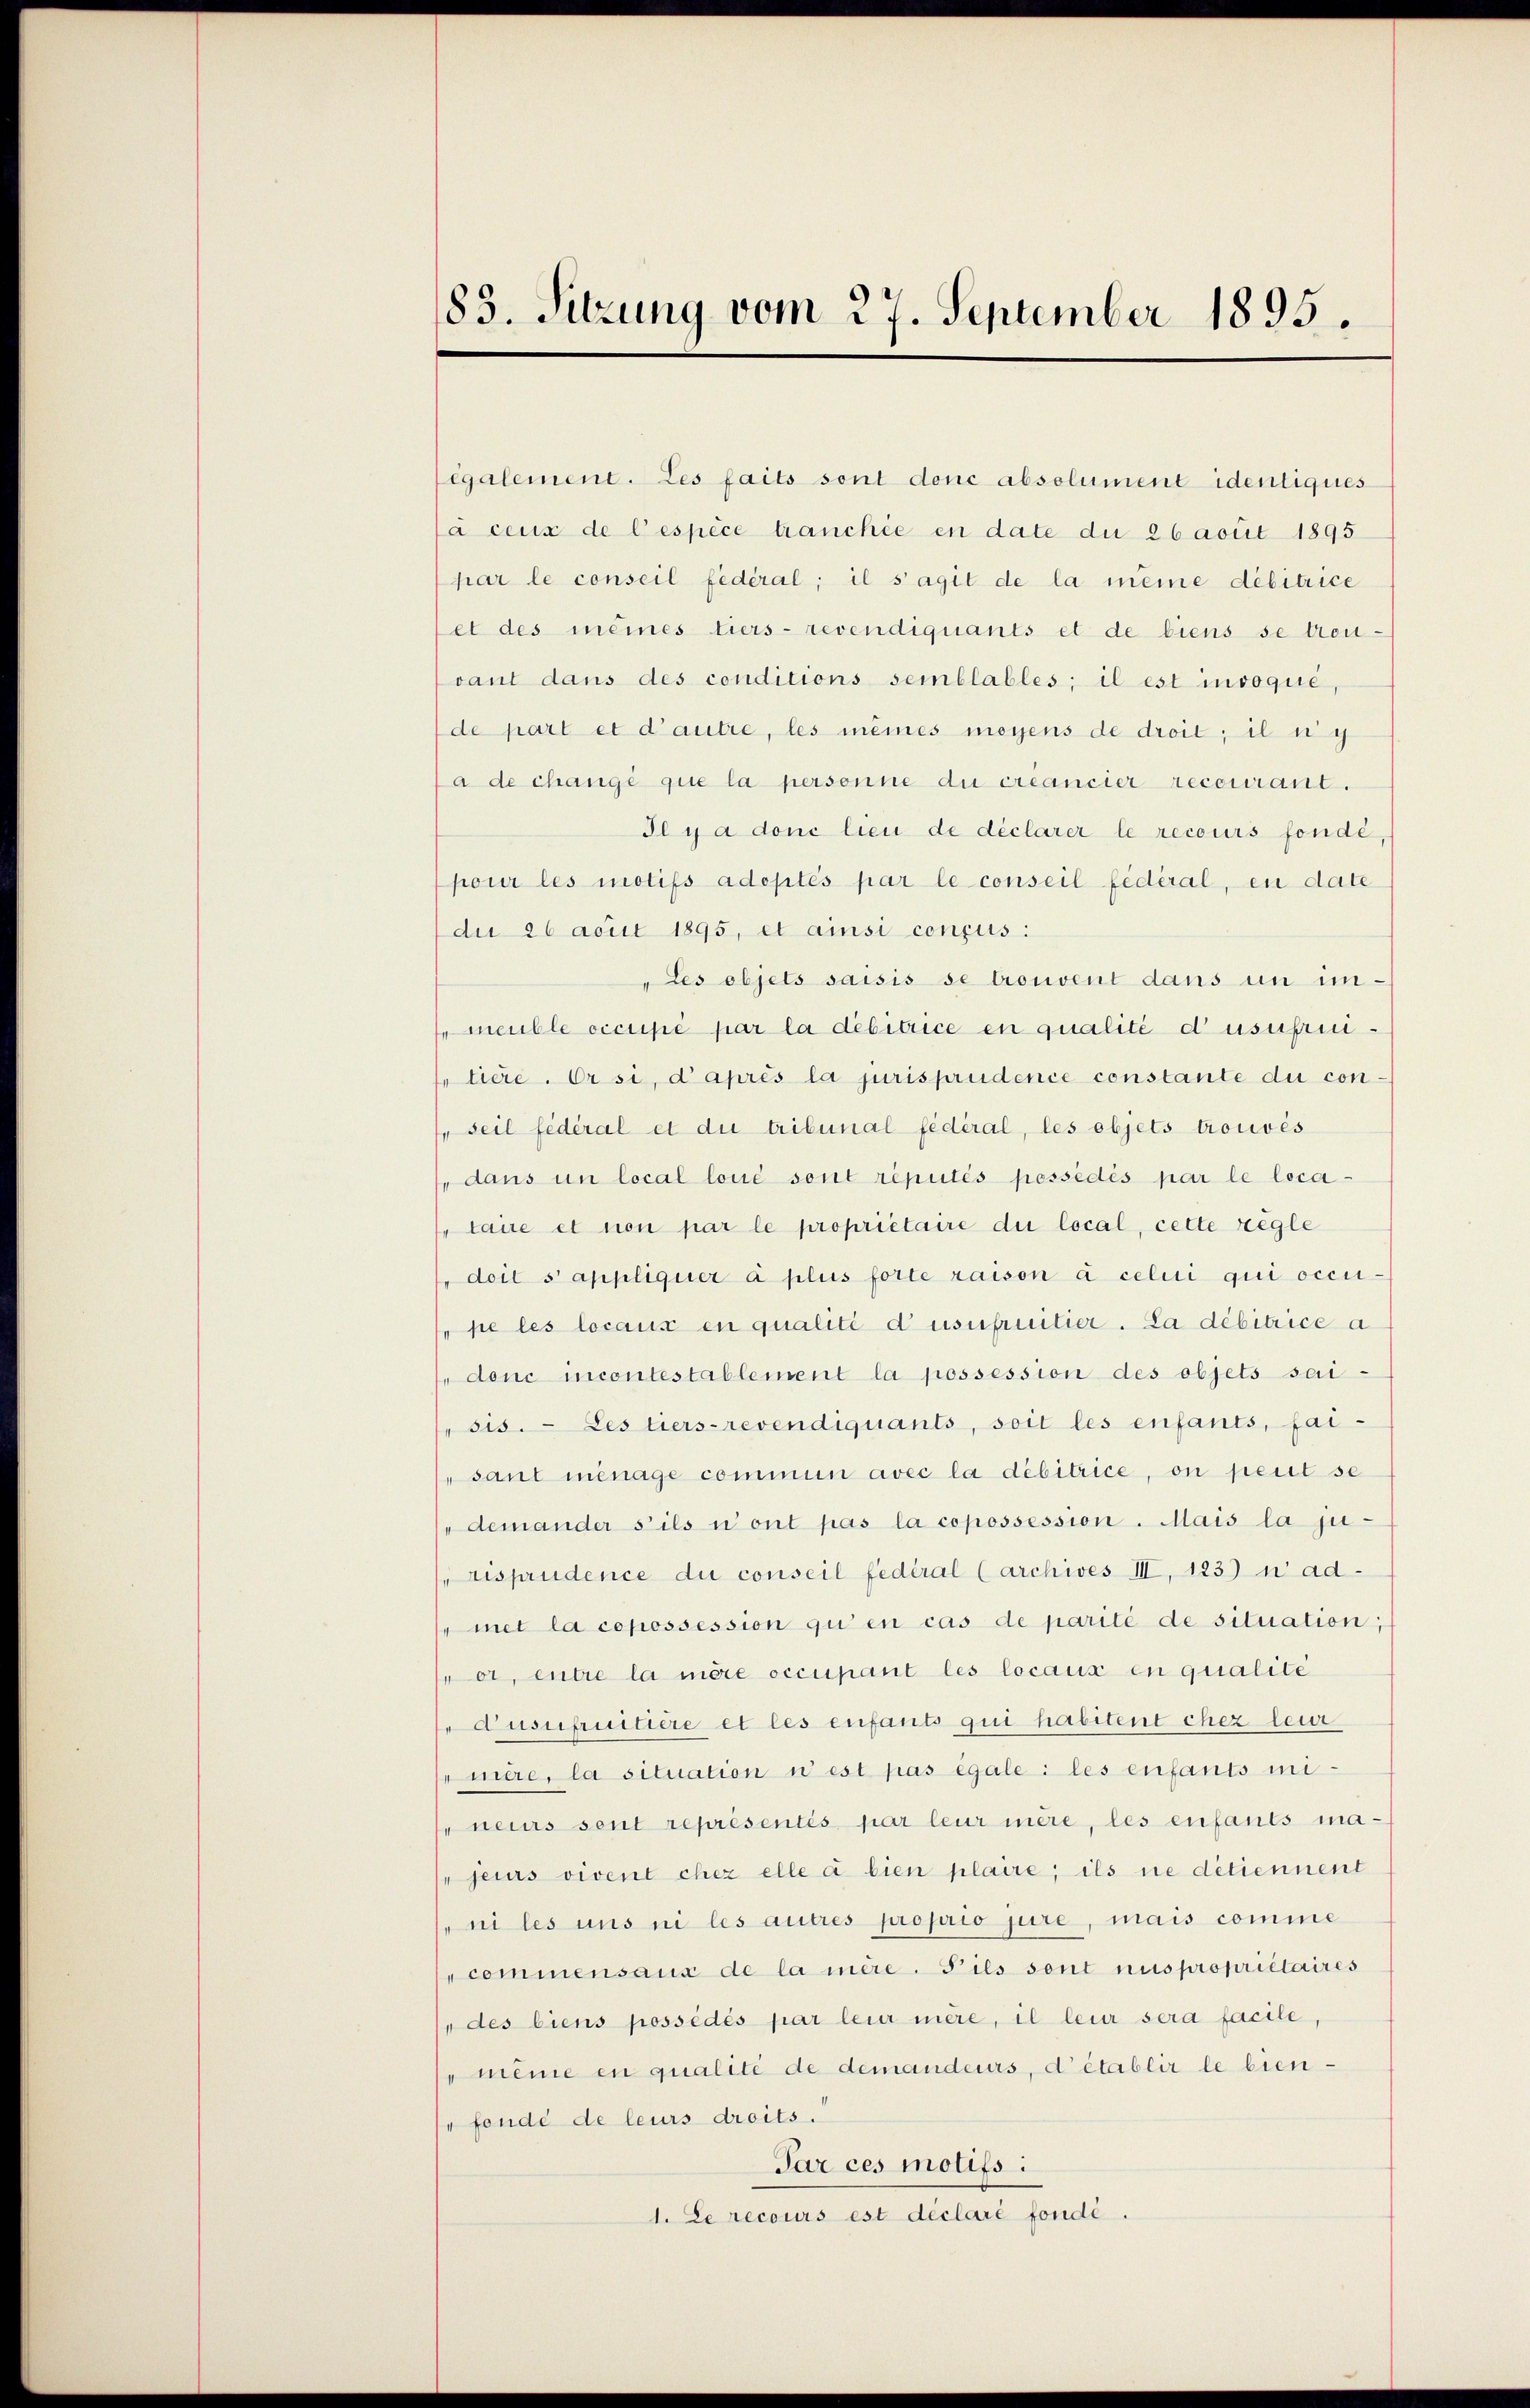
183. Sitzung vom 27. September 1895.

egalement. Les faits sont donc absolument identiques
a ceux de l’espèce tranchie en date du 26 acuit 1895
par le conseil fédéral; il s’agit de la meine débitrice
et des meines tiers- revendiquants et de biens se trou-
vant dans des conditions semblables; il est invoque,
de part et d’autre, les mêmes moyens de droit; il nic
a de changé que la personne du créancier recourant.
Ilya donc lieu de déclarer le recours fonde,
pour les motifs adoptés par le conseil fédéral, en date
du 26 acur 1895, et ainsi conçus:
Les objets saisis se trouvent dans in im-
meuble occupé par la débitrice en qualité d’usufrui
ftiere. Er si, d’après la jurisprudence constante du con
seil fédéral et die tribunal fédéral, les objets trouvés
dans un local loué sont réputés possédés par le locataire et non par le propriétaire die local, cette regle
doil s’appliquer à plus forte raison à celui qui occu-
pe les locause en qualité d’usufruitier. La débitrice a
donc incontestablement la possession des objets sai-
sis. Les tiers-revendiquants, soit les enfants, fai-
sant menage commun avec la débitrice, on peut se
"demander s’ils n’ont pas la copossession. Mais la ju-
risprudence du conseil fédéral (archives III, 183) n ad
met la copossession gu en cas de parité de situation;
or, entre la mère occupant les locaux en qualite
Ausufruitiere et les enfants qui habitent chez leur
mère, la situation u est pas égale: les enfants mineurs sont représentés par leur mère, les enfants majeurs vivent chez elle a bien plaire; ils ne détiennent
ni les uns ni les autres proprio jure, mais comme
commensaus de la mère. Pils sont nus propriétaires
(„des biens possédés par leur mère, il leur sera facile
meine en qualité de demandeurs, d’établir le bienfende de leurs droits.
Par ces motifs:
1. Le recours est déclaré fondé.